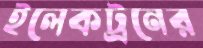
ইলেকট্রনের